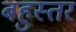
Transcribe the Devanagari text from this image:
बहुस्तर